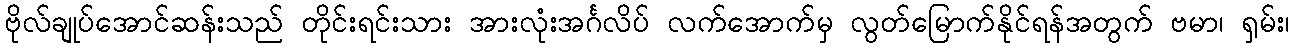
ဗိုလ်ချုပ်အောင်ဆန်းသည် တိုင်းရင်းသား အားလုံးအင်္ဂလိပ် လက်အောက်မှ လွတ်မြောက်နိုင်ရန်အတွက် ဗမာ၊ ရှမ်း၊